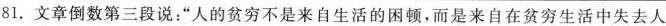
81.文章倒数第三段说:“人的贫穷不是来自生活的困顿，而是来自在贫穷生活中失去人